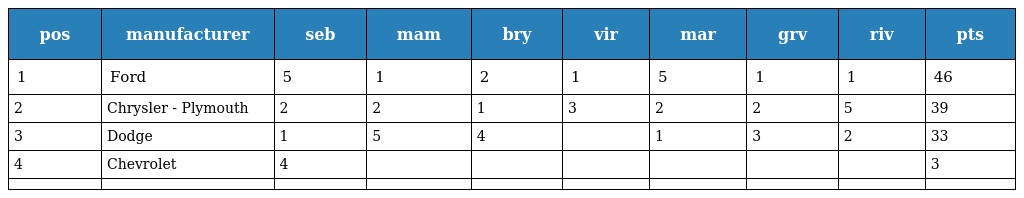
| pos | manufacturer | seb | mam | bry | vir | mar | grv | riv | pts |
 | --- | --- | --- | --- | --- | --- | --- | --- | --- | --- |
 | 1 | Ford | 5 | 1 | 2 | 1 | 5 | 1 | 1 | 46 |
 | 2 | Chrysler - Plymouth | 2 | 2 | 1 | 3 | 2 | 2 | 5 | 39 |
 | 3 | Dodge | 1 | 5 | 4 |  | 1 | 3 | 2 | 33 |
 | 4 | Chevrolet | 4 |  |  |  |  |  |  | 3 |
 |  |  |  |  |  |  |  |  |  |  |